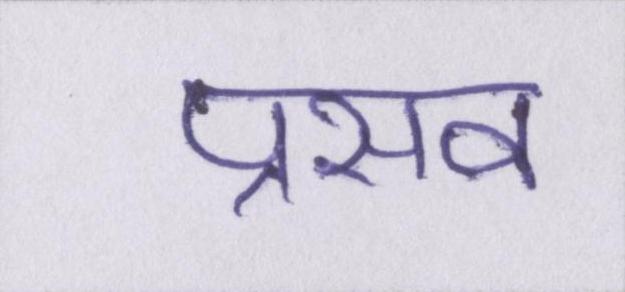
प्रसव